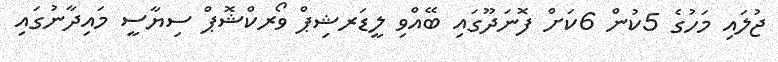
ޖުލައި މަހުގެ 5ކުން 6ކަށް ފޮނަދޫގައި ބޭއްވި ލީޑަރޝިޕް ވޯރކްޝޮޕް ސިޔާސީ މައިދާނުގައި